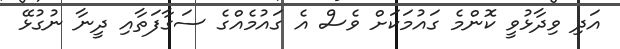
އަދި ވިދާޅުވީ ކޮންމެ ގައުމަކަށް ވެސް އެ ގައުމެއްގެ ސަގާފަތާއި ދީނާ ނުގުޅޭ